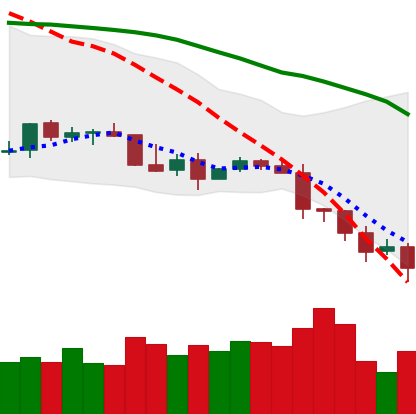
Ticker: TRX-USD
Chart end date: 2022-01-10
Forward return: 7.833%
Label: up_7plus